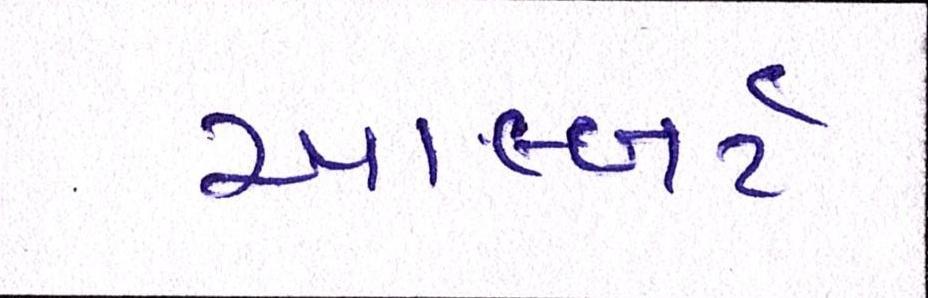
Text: આલ્બર્ટ